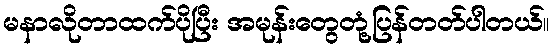
မနာလိုတာထက်ပိုပြီး အမုန်းတွေတုံ့ပြန်တတ်ပါတယ်။